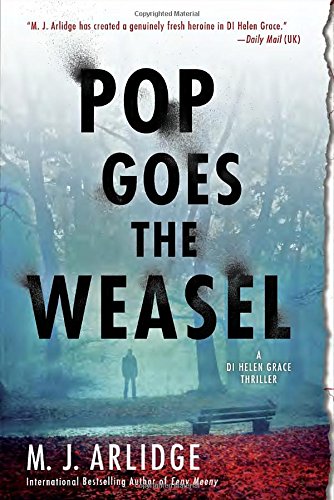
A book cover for Pop Goes the Weasel: A Detective Helen Grace Thriller (A Helen Grace Thriller); M. J. Arlidge; Mystery, Thriller & Suspense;